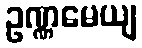
ဥဏ္ဏမေယျ